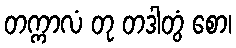
တက္ကာလံ တု တဒါတွံ စော၊